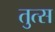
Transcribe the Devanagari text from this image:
तुत्स